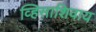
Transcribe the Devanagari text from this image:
व्हिसाशिवाय